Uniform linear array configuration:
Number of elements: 32
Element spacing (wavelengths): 0.75
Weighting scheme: hann
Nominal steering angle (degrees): -60
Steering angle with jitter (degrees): -58.107
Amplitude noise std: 0.05
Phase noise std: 0.05

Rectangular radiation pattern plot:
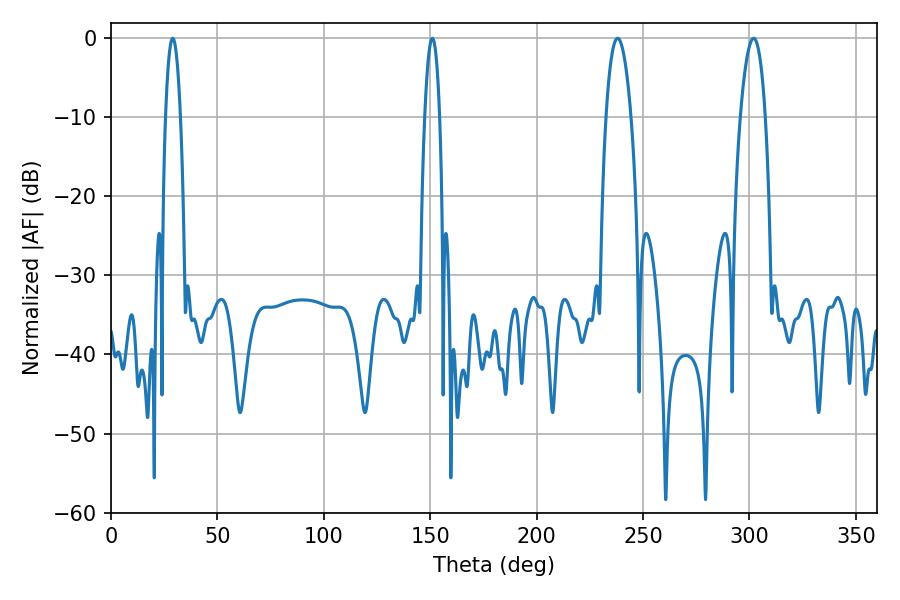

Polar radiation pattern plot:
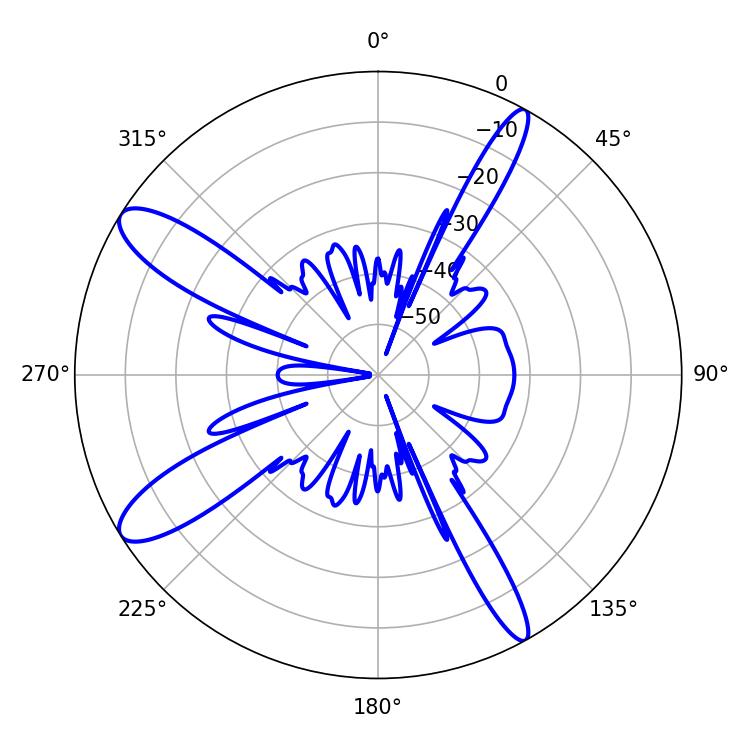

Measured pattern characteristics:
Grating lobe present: TRUE
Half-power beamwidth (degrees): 3.78
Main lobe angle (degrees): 28.98